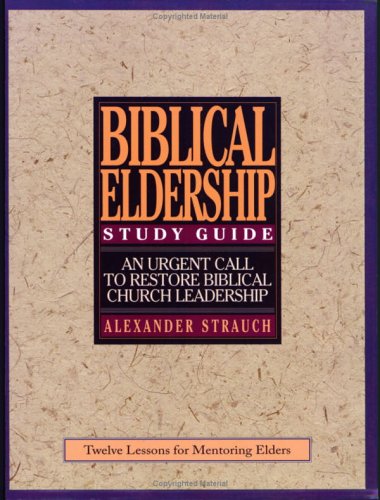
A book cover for A Study Guide to Biblical Eldership: Twelve Lessons for Mentoring Men for Eldership; Alexander Strauch; Christian Books & Bibles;